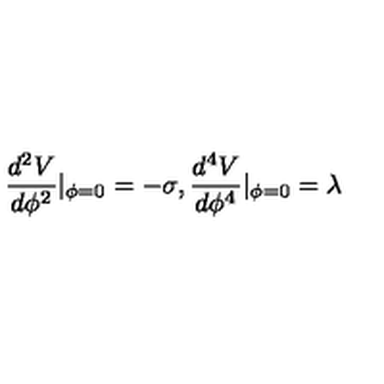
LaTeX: \frac { d ^ { 2 } V } { d \phi ^ { 2 } } | _ { \phi = 0 } = - \sigma , \frac { d ^ { 4 } V } { d \phi ^ { 4 } } | _ { \phi = 0 } = \lambda